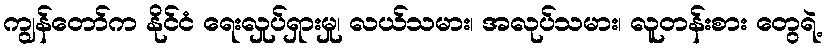
ကျွန်တော်က နိုင်ငံ ရေးလှုပ်ရှားမှု၊ လယ်သမား၊ အလုပ်သမား၊ လူတန်းစား တွေရဲ့